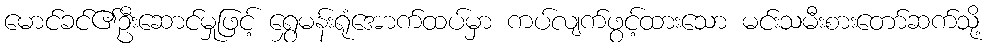
မောင်ခင်၏ဦးဆောင်မှုဖြင့် ရွှေမန်းရုံအောက်ထပ်မှာ ကပ်လျက်ဖွင့်ထားသော မင်းသမီးစားတော်ဆက်သို့